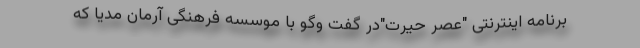
برنامه اینترنتی "عصر حیرت"در گفت وگو با موسسه فرهنگی آرمان مدیا که